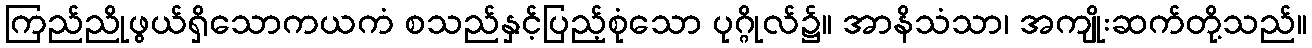
ကြည်ညိုဖွယ်ရှိသောကယကံ စသည်နှင့်ပြည့်စုံသော ပုဂ္ဂိုလ်၌။ အာနိသံသာ၊ အကျိုးဆက်တို့သည်။